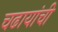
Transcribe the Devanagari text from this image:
चढायांची